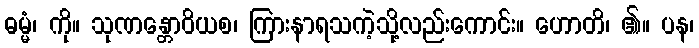
ဓမ္မံ၊ ကို။ သုဏန္တောဝိယစ၊ ကြားနာရသကဲ့သို့လည်းကောင်း။ ဟောတိ၊ ၏။ ပန၊